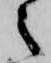
之